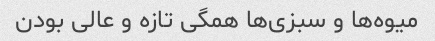
میوه‌ها و سبزی‌ها همگی تازه و عالی بودن